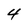
Character: 4